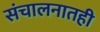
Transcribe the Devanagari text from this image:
संचालनातही